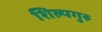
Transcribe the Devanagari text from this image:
शिल्पगुरु